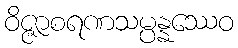
ဝိဇ္ဇာစရဏသမ္ပန္နဿေဝ